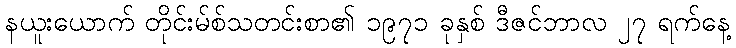
နယူးယောက် တိုင်းမ်စ်သတင်းစာ၏ ၁၉၇၁ ခုနှစ် ဒီဇင်ဘာလ ၂၇ ရက်နေ့